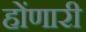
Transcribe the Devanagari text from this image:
होंणारी